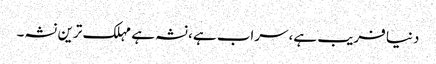
دنیا فریب ہے،سراب ہے،نشہ ہے مہلک ترین نشہ۔